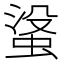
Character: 𮔓